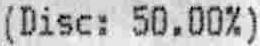
(DISC: 50.00%)